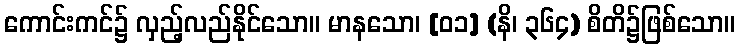
ကောင်းကင်၌ လှည့်လည်နိုင်သော။ မာနသော၊ [၀၁] (နိ၊ ၃၆၄) စိတိ၌ဖြစ်သော။